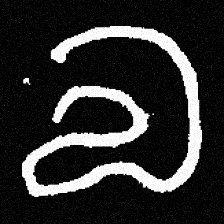
Pyu character \u2014 Myanmar letter: လ (romanized: la)